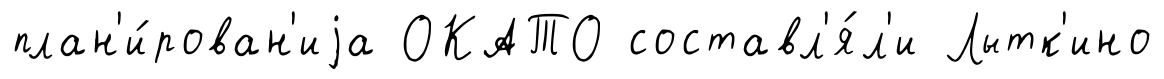
план'и́рован'иjа ОКАТО составл'я́л'и Лытк'ино